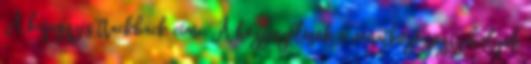
A bejegyzés trackback címe: A hozzászólások a vonatkozó jogszabályok